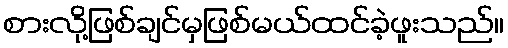
စားလို့ဖြစ်ချင်မှဖြစ်မယ်ထင်ခဲ့ဖူးသည်။